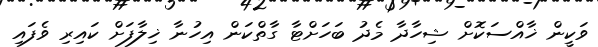
ވަކީން ޚާއްސަކޮށް ޝިހާދާ މެދު ބަހަށްޓާ ގާތްކަން އިހުނާ ޚިލާފަށް ކައިރި ވެފައި